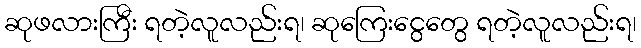
ဆုဖလားကြီး ရတဲ့လူလည်းရ၊ ဆုကြေးငွေတွေ ရတဲ့လူလည်းရ၊